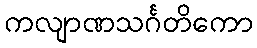
ကလျာဏသင်္ဂတိကော